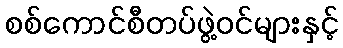
စစ်ကောင်စီတပ်ဖွဲ့ဝင်များနှင့်